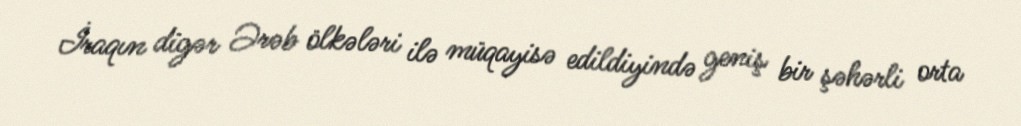
İraqın digər Ərəb ölkələri ilə müqayisə edildiyində geniş bir şəhərli orta